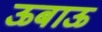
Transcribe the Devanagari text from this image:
ऊबाऊ